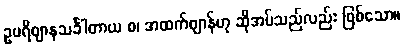
ဥပရိဈာနသင်္ခါတာယ စ၊ အထက်ဈာန်ဟု ဆိုအပ်သည်လည်း ဖြစ်သော။